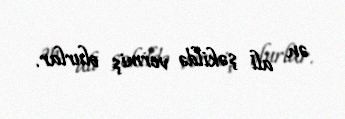
ən ali şəkildə vermiş olurlar.